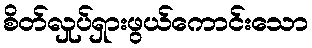
စိတ်လှုပ်ရှားဖွယ်ကောင်းသော